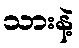
သားနဲ့